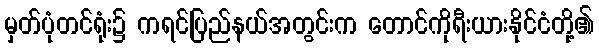
မှတ်ပုံတင်ရုံး၌ ကရင်ပြည်နယ်အတွင်းက တောင်ကိုရီးယားနိုင်ငံတို့၏